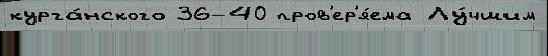
курга́нского 36-40 пров'ер'я́ема Лу́чшим